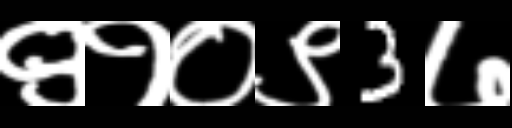
Text: ९१०९3७